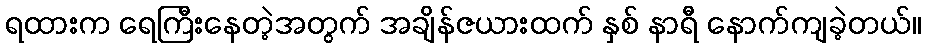
ရထားက ရေကြီးနေတဲ့အတွက် အချိန်ဇယားထက် နှစ် နာရီ နောက်ကျခဲ့တယ်။